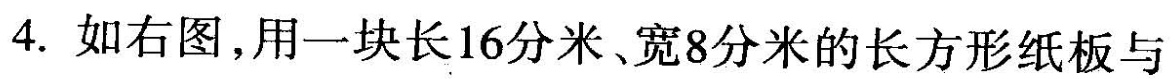
4.如右图，用一块长16分米、宽8分米的长方形纸板与